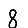
Digit: 8